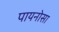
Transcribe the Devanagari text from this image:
पायनोसा